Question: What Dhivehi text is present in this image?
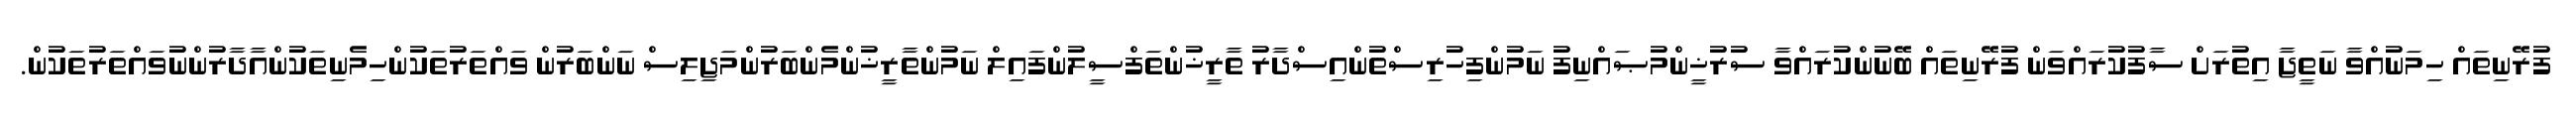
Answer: ފުރޭނިތައް ހިމަނުއްވާ ނަތީޖާ އިތުރަށް ސާފުކުރައްވަން ފުރޭނިތައް ބޭނުންކުރައްވާ ސުރުޚީންމުޞައްނިފު ނަމުންފިހުރިސްތުންއިސްދާރު ތާރީޚުންތަފްސީލުންފައިލް ނަމުންތާރީޚުންމެންބަރުންމަޖިލިސް ނަންބަރުން ވައްތަރުތަކުންހިމެނިތަކުންއާދާރުންނުވައްތަރުތަކުން.